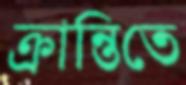
ক্রান্তিতে